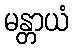
မန္တာယံ